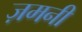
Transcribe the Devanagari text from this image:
ज़मनी